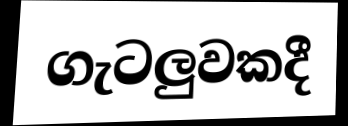
ගැටලුවකදී